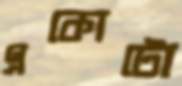
একোটো